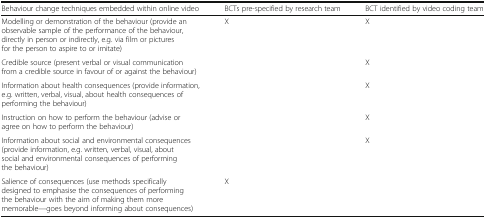
| Behaviour change techniques embedded within online video | BCTs pre-specified by research team | BCT identified by video coding team |
 | --- | --- | --- |
 | Modelling or demonstration of the behaviour (provide an observable sample of the performance of the behaviour, directly in person or indirectly, e.g. via film or pictures for the person to aspire to or imitate) | X | X |
 | Credible source (present verbal or visual communication from a credible source in favour of or against the behaviour) |  | X |
 | Information about health consequences (provide information, e.g. written, verbal, visual, about health consequences of performing the behaviour) |  | X |
 | Instruction on how to perform the behaviour (advise or agree on how to perform the behaviour) |  | X |
 | Information about social and environmental consequences (provide information, e.g. written, verbal, visual, about social and environmental consequences of performing the behaviour) |  | X |
 | Salience of consequences (use methods specifically designed to emphasise the consequences of performing the behaviour with the aim of making them more memorable—goes beyond informing about consequences) | X |  |